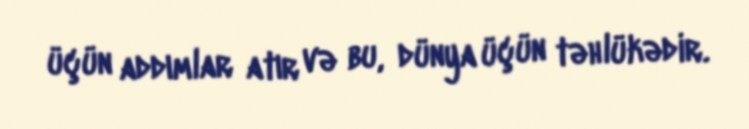
üçün addımlar atır və bu, dünya üçün təhlükədir.